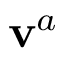
\mathbf { v } _ { } ^ { a }